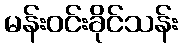
မန်းဝင်းခိုင်သန်း